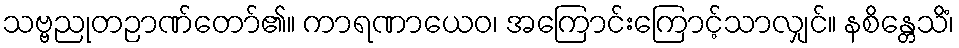
သဗ္ဗညုတဉာဏ်တော်၏။ ကာရဏာယေဝ၊ အကြောင်းကြောင့်သာလျှင်။ နစိန္တေသိံ၊